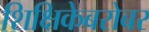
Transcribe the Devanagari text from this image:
शिक्षिकेबरोबर